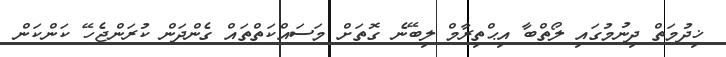
ޚިދުމަތް ދިނުމުގައި ލޯތްބާ އިޙްތިރާމް ލިބޭނެ ގޮތަށް މަސައްކަތްތައް ގެންދަން ކުރަންޖެހޭ ކަންކަން